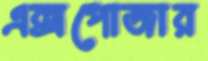
এক্সপোজার